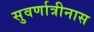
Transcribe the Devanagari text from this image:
सुवर्णात्रीनास